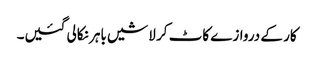
کار کے دروازے کاٹ کر لاشیں باہر نکالی گئیں۔